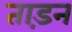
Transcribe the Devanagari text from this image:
ताड़न